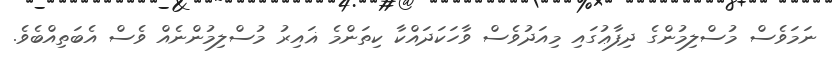
ނަމަވެސް މުސްލިމުންގެ ދިފާޢުގައި މިއަދުވެސް ވާހަކަދައްކާ ކިތަންމެ ޣައިރު މުސްލިމުންނެއް ވެސް އެބަތިއްބެވެ.